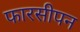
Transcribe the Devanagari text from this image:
फारसीपन